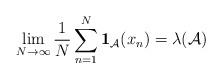
LaTeX: \begin{align*} \lim_{N\to\infty}\frac{1}{N}\sum_{n=1}^N\mathbf{1}_{\mathcal{A}}(x_n)=\lambda(\mathcal{A})\end{align*}